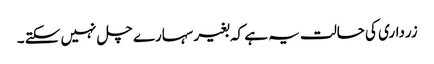
زرداری کی حالت یہ ہے کہ بغیر سہارے چل نہیں سکتے ۔